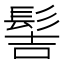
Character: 髻